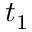
t _ { 1 }